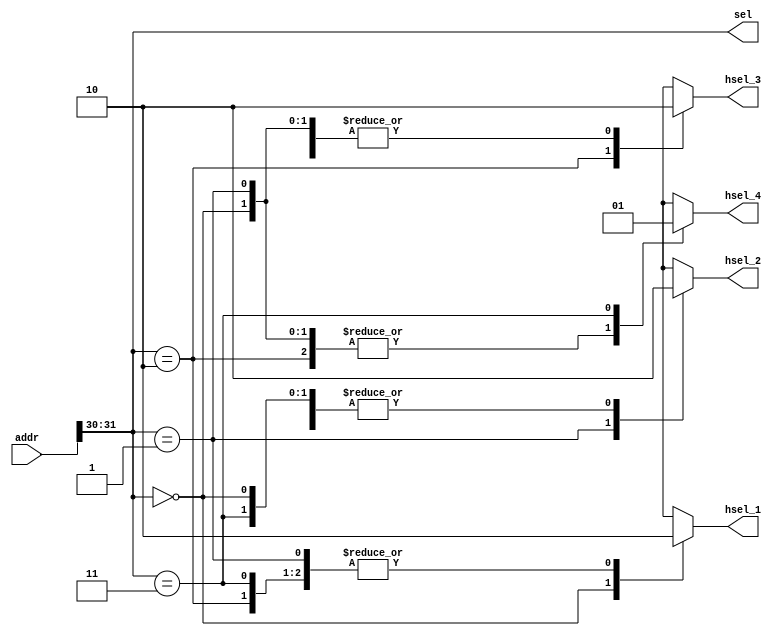
module decoder(
  input [31:0] addr,
  output hsel_1,
  output hsel_2,
  output hsel_3,
  output hsel_4,

  output [1:0]sel 
);

reg hsel_1_r;
reg hsel_2_r;
reg hsel_3_r;
reg hsel_4_r;

assign hsel_1 = hsel_1_r;
assign hsel_2 = hsel_2_r;
assign hsel_3 = hsel_3_r;
assign hsel_4 = hsel_4_r;

assign sel = addr[31:30];

always @(*) begin
  case(sel)
    2'b00: begin
      hsel_1_r = 1'b1;
      hsel_2_r = 1'b0;
      hsel_3_r = 1'b0;
      hsel_4_r = 1'b0;
    end
    2'b01: begin
      hsel_1_r = 1'b0;
      hsel_2_r = 1'b1;
      hsel_3_r = 1'b0;
      hsel_4_r = 1'b0;
    end
    2'b10: begin
      hsel_1_r = 1'b0;
      hsel_2_r = 1'b0;
      hsel_3_r = 1'b1;
      hsel_4_r = 1'b0;
    end
    2'b11: begin
      hsel_1_r = 1'b0;
      hsel_2_r = 1'b0;
      hsel_3_r = 1'b0;
      hsel_4_r = 1'b1;
    end
    default: begin
      hsel_1_r = 1'b0;
      hsel_2_r = 1'b0;
      hsel_3_r = 1'b0;
      hsel_4_r = 1'b0;
    end
  endcase
end
endmodule